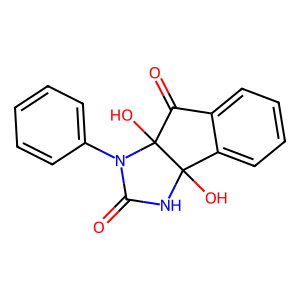
SMILES: O=C1NC2(O)c3ccccc3C(=O)C2(O)N1c1ccccc1
Inhibits HIV replication: No